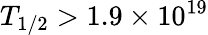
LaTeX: T_{1/2}>1.9\times 10^{19}